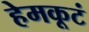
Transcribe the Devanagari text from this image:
हेमकूटं